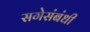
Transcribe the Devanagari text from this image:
सगेसंबंधी